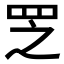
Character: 𱺻